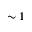
\sim 1